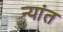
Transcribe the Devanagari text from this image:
न्यांत